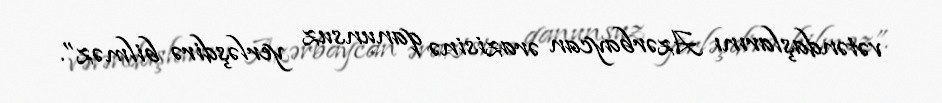
vətəndaşlarını Azərbaycan ərazisinə qanunsuz yerləşdirə bilməz”.